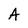
Character: A